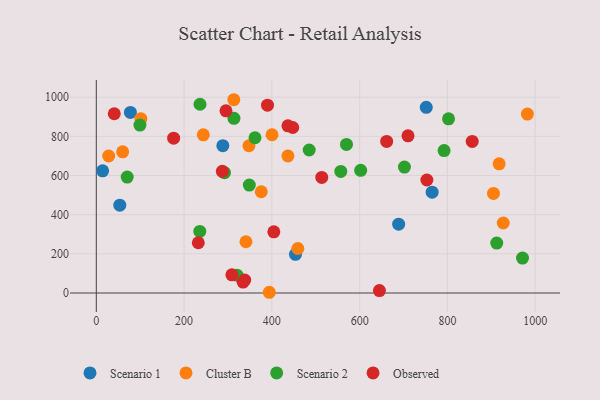
{"axis": {"x": "Engine Size", "y": "Exam Score"}, "legend": ["Cluster B", "Observed", "Scenario 1", "Scenario 2"], "data": [{"x": "53.5", "y": 448.4, "type": "Scenario 1"}, {"x": "751.8", "y": 948.3, "type": "Scenario 1"}, {"x": "288.3", "y": 752.3, "type": "Scenario 1"}, {"x": "453.8", "y": 197.4, "type": "Scenario 1"}, {"x": "688.9", "y": 351.7, "type": "Scenario 1"}, {"x": "77.7", "y": 922.5, "type": "Scenario 1"}, {"x": "765.2", "y": 514.8, "type": "Scenario 1"}, {"x": "14.4", "y": 623.8, "type": "Scenario 1"}, {"x": "28.2", "y": 699.8, "type": "Cluster B"}, {"x": "982.2", "y": 914.1, "type": "Cluster B"}, {"x": "436.6", "y": 700.3, "type": "Cluster B"}, {"x": "375.9", "y": 517.1, "type": "Cluster B"}, {"x": "400.4", "y": 808.4, "type": "Cluster B"}, {"x": "243.8", "y": 808.0, "type": "Cluster B"}, {"x": "60.0", "y": 721.1, "type": "Cluster B"}, {"x": "394.1", "y": 3.7, "type": "Cluster B"}, {"x": "347.8", "y": 752.1, "type": "Cluster B"}, {"x": "101.5", "y": 890.3, "type": "Cluster B"}, {"x": "313.3", "y": 987.2, "type": "Cluster B"}, {"x": "341.0", "y": 261.7, "type": "Cluster B"}, {"x": "927.2", "y": 357.5, "type": "Cluster B"}, {"x": "459.2", "y": 227.2, "type": "Cluster B"}, {"x": "905.0", "y": 508.5, "type": "Cluster B"}, {"x": "917.9", "y": 659.9, "type": "Cluster B"}, {"x": "912.4", "y": 255.0, "type": "Scenario 2"}, {"x": "235.8", "y": 314.7, "type": "Scenario 2"}, {"x": "557.1", "y": 620.9, "type": "Scenario 2"}, {"x": "361.6", "y": 793.0, "type": "Scenario 2"}, {"x": "348.6", "y": 551.1, "type": "Scenario 2"}, {"x": "236.3", "y": 964.0, "type": "Scenario 2"}, {"x": "99.4", "y": 857.7, "type": "Scenario 2"}, {"x": "702.1", "y": 643.2, "type": "Scenario 2"}, {"x": "802.6", "y": 889.5, "type": "Scenario 2"}, {"x": "70.4", "y": 592.3, "type": "Scenario 2"}, {"x": "971.1", "y": 178.5, "type": "Scenario 2"}, {"x": "570.0", "y": 758.9, "type": "Scenario 2"}, {"x": "792.4", "y": 727.4, "type": "Scenario 2"}, {"x": "485.1", "y": 730.5, "type": "Scenario 2"}, {"x": "292.1", "y": 614.7, "type": "Scenario 2"}, {"x": "602.4", "y": 626.8, "type": "Scenario 2"}, {"x": "313.6", "y": 892.4, "type": "Scenario 2"}, {"x": "320.6", "y": 91.1, "type": "Scenario 2"}, {"x": "390.1", "y": 959.6, "type": "Observed"}, {"x": "513.7", "y": 590.5, "type": "Observed"}, {"x": "40.9", "y": 915.6, "type": "Observed"}, {"x": "308.9", "y": 92.9, "type": "Observed"}, {"x": "661.6", "y": 774.0, "type": "Observed"}, {"x": "404.5", "y": 312.7, "type": "Observed"}, {"x": "753.2", "y": 577.1, "type": "Observed"}, {"x": "334.4", "y": 55.7, "type": "Observed"}, {"x": "338.1", "y": 66.1, "type": "Observed"}, {"x": "287.2", "y": 621.7, "type": "Observed"}, {"x": "232.4", "y": 256.7, "type": "Observed"}, {"x": "447.6", "y": 845.4, "type": "Observed"}, {"x": "856.5", "y": 774.2, "type": "Observed"}, {"x": "295.5", "y": 930.4, "type": "Observed"}, {"x": "436.7", "y": 854.0, "type": "Observed"}, {"x": "645.1", "y": 12.6, "type": "Observed"}, {"x": "176.2", "y": 790.9, "type": "Observed"}, {"x": "710.2", "y": 802.7, "type": "Observed"}]}